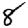
Digit: 8